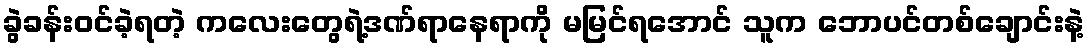
ခွဲခန်းဝင်ခဲ့ရတဲ့ ကလေးတွေရဲ့ဒဏ်ရာနေရာကို မမြင်ရအောင် သူက ဘောပင်တစ်ချောင်းနဲ့